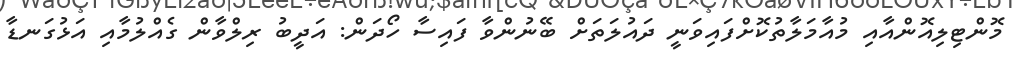
މޮންޓިލިއޮންއާއި މުއާމަލާތުކޮށްފައިވަނީ ދައުލަތަށް ބޭނުންވާ ފައިސާ ހޯދަން: އަދީބު ރިލްވާން ގެއްލުމާއި އަޅުގަނޑާ